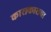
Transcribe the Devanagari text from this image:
काराकासचा